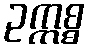
ဥက္ကစ္စ